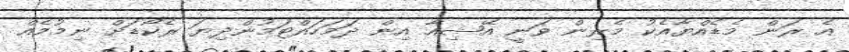
އެ ރަން މެޑެއްޔާއެކު މެރިން ވަނީ އޭޝިއާ އިން ދަމަހައްޓަމުންދިޔަ ރެކޯޑަށް ނިމުމެއް